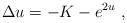
LaTeX: \begin{align*} \Delta u = -K-e^{2u}~, \end{align*}